Vaccination in Bombay 1889-1901 - 1889-1901
Year: 1889
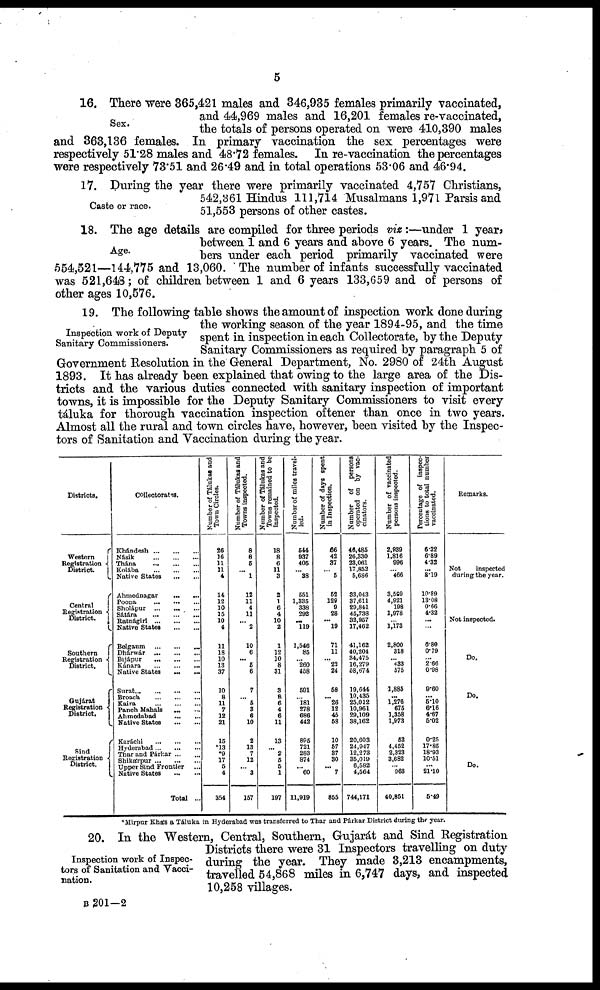
5
Sex.
16. There were 365,421 males and 346,935 females primarily vaccinated,
and 44,969 males and 16,201 females re-vaccinated,
the totals of persons operated on were 410,390 males
and 363,136 females. In primary vaccination the sex percentages were
respectively 51.28 males and 48.72 females. In re-vaccination the percentages
were respectively 73.51 and 26.49 and in total operations 53.06 and 46.94.
Caste or race.
17. During the year there were primarily vaccinated 4,757 Christians,
542,361 Hindus 111,714 Musalmans 1,971 Parsis and
51,553 persons of other castes.
Age.
18. The age details are compiled for three periods viz:—under 1 year,
between 1 and 6 years and above 6 years. The num-
bers under each period primarily vaccinated were
554,521—144,775 and 13,060. The number of infants successfully vaccinated
was 521,648; of children between 1 and 6 years 133,659 and of persons of
other ages 10,576.
Inspection work of Deputy
Sanitary Commissioners.
19. The following table shows the amount of inspection work done during
the working season of the year 1894-95, and the time
spent in inspection in each Collectorate, by the Deputy
Sanitary Commissioners as required by paragraph 5 of
Government Resolution in the General Department, No. 2980 of 24th August
1893. It has already been explained that owing to the large area of the Dis-
tricts and the various duties connected with sanitary inspection of important
towns, it is impossible for the Deputy Sanitary Commissioners to visit every
táluka for thorough vaccination inspection oftener than once in two years.
Almost all the rural and town circles have, however, been visited by the Inspec-
tors of Sanitation and Vaccination during the year.
Districts.
Western
Registration
District.
Central
Registration
District.
Southern
Registration
District.
Gujárat
Registration
District.
Sind
Registration
District.
Collectorates.
Khándesh
...
...
...
Násik
...
...
...
Thána
...
...
...
Kolába
...
...
...
Native States ... ... ...
Ahmednagar
...
...
Poona
...
...
...
Sholápur
...
...
...
Sátára ... ... ...
Ratnágiri
...
...
...
Native States
...
...
Belgaum
...
...
...
Dhárwár
...
...
...
Bijápur
...
...
...
Kánara
...
...
...
Native States ... ... ...
Surat
...
...
...
...
Broach
...
...
...
Kaira
...
...
...
Panch Mahals ... ...
Ahmedabad
...
...
Native States
...
...
Karáchi
...
...
...
Hyderabad
...
...
Thar and Párkar ... ...
Shikárpur
...
...
...
Upper Sind Frontier ...
Native States
...
...
Total ...
Number of Tálukas and
Town Circles.
26
16
11
11
4
14
12
10
15
10
4
11
18
10
13
37
10
8
11
7
12
21
15
*13
*9
17
5
4
354
Number of Talukas and
Towns inspected.
8
8
5
... 1
12
11
4
11
... 2
10
6
... 5
6
7
... 5
3
6
10
2
13
7
12
...
3
157
Number of Tálukas and
Towns remained to be
inspected.
18
8
6
11
3
2
1
6
4
10
2
1
12
10
8
31
3
8
6
4
6
11
13
...
2
5
5
1
197
Number of miles travel-
led.
544
937
405
... 38
551
1,335
338
292
... 119
1,546
85
...
260
458
591
...
181
278
686
442
895
721
283
874
...
60
11,919
Number of days spent
in Inspection.
66
42
37
...
5
52
129
9
28
... 19
71
11
...
22
24
58
... 26
12
45
58
10
57
37
30
... 7
855
Number
of
persons
operated on by vac-
cinators.
46,485
26,330
23,061
17,852
5,686
33,043
37,611
29,841
45,738
33,957
17,462
41,162
40,204
34,475
16,279
58,674
19,644
10,435
25,012
10,961
29,109
38,162
20,603
24,947
12,273
35,019
6,582
4,564
744,171
Number of vaccinated
persons inspected.
2,939
1,816
996
...
466
3,589
4,921
198
1,978
...
1,178
2,800
318
...
433
575
1,885
...
1,276
675
1,358
1,973
52
4,452
2,323
3,682
...
963
40,851
Percentage of inspec-
tions to total number
vaccinated.
6.32
6.89
4.32
...
8.19
10.89
13.08
0.66
4.32
...
...
6.80
0.79
...
2.66
0.98
9.60
...
5.10
6.16
4.67
5.02
0.25
17.85
18.93
10.51
...
21.10
5.49
Remarks.
Not
inspected
during the year.
Not inspected.
Do.
Do.
Do.
*Mirpur Khás a Táluka in Hyderabad was transferred to Thar and Párkar District during the year.
Inspection work of Inspec-
tors of Sanitation and Vacci-
nation.
20. In the Western, Central, Southern, Gujarát and Sind Registration
Districts there were 31 Inspectors travelling on duty
during the year. They made 3,213 encampments,
travelled 54,868 miles in 6,747 days, and inspected
10,258 villages.
B 201—2